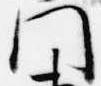
門